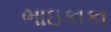
ભાઇકાકા